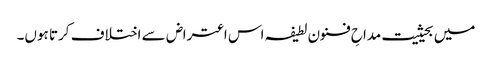
میں بحیثیت مداحِ فنون لطیفہ اس اعتراض سے اختلاف کرتا ہوں۔